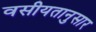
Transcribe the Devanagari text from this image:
वसीयतानुसार